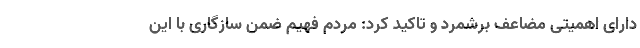
دارای اهمیتی مضاعف برشمرد و تاکید کرد: مردم فهیم ضمن سازگاری با این